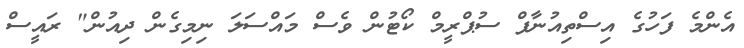
އެންމެ ފަހުގެ އިސްތިއުނާފް ސުޕްރީމް ކޯޓުން ވެސް މައްސަލަ ނިމިގެން ދިއުން" ރައީސް